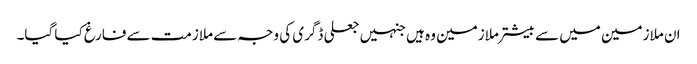
ان ملازمین میں سے بیشتر ملازمین وہ ہیں جنہیں جعلی ڈگری کی وجہ سے ملازمت سے فارغ کیا گیا۔